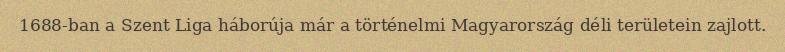
1688-ban a Szent Liga háborúja már a történelmi Magyarország déli területein zajlott.